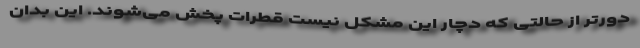
دورتر از حالتی که دچار این مشکل نیست قطرات پخش می‌شوند. این بدان